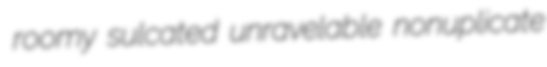
roomy sulcated unravelable nonuplicate